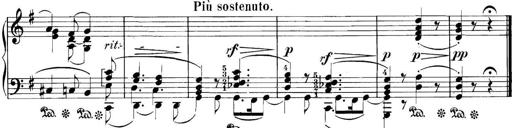
Title: 3 Sonatinas
Composer: Carl Reinecke